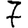
Digit: 7